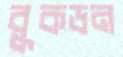
বুকডন